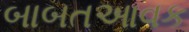
બાબતઆવક